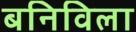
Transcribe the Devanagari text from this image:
बनिविला